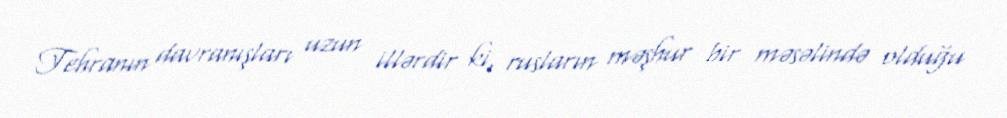
Tehranın davranışları uzun illərdir ki, rusların məşhur bir məsəlində olduğu